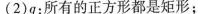
(2)q：所有的正方形都是矩形；